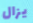
يزال